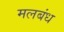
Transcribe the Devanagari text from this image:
मलबंध